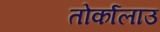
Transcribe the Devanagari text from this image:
तोर्कालाउ